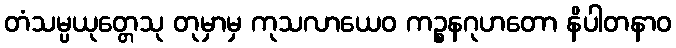
တံသမ္ပယုတ္တေသု တုမှာမှ ကုသလာယေဝ ကဉ္စနဂုဟတော နိပါတနာဝ